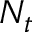
N _ { t }